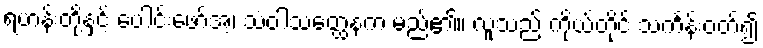
ရဟန်းတို့နှင့် ပေါင်းဖော်အံ့၊ သံဝါသတ္ထေနက မည်၏။ လူသည် ကိုယ်တိုင် သင်္ကန်းဝတ်၍